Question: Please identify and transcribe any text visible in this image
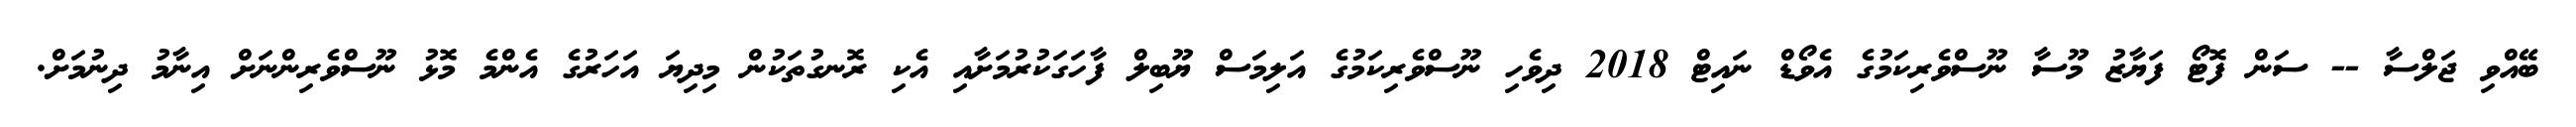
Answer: ބޭއްވި ޖަލްސާ -- ސަން ފޮޓޯ ފަޔާޒު މޫސާ ނޫސްވެރިކަމުގެ އެވޯޑް ނައިޓް 2018 ދިވެހި ނޫސްވެރިކަމުގެ އަލިމަސް ޔޫބިލް ފާހަގަކުރުމަށާއި އެކި ރޮނގުތަކުން މިދިޔަ އަހަރުގެ އެންމެ މޮޅު ނޫސްވެރިންނަށް އިނާމު ދިނުމަށް.